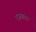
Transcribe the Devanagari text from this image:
एजवाटर